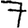
Digit: 7